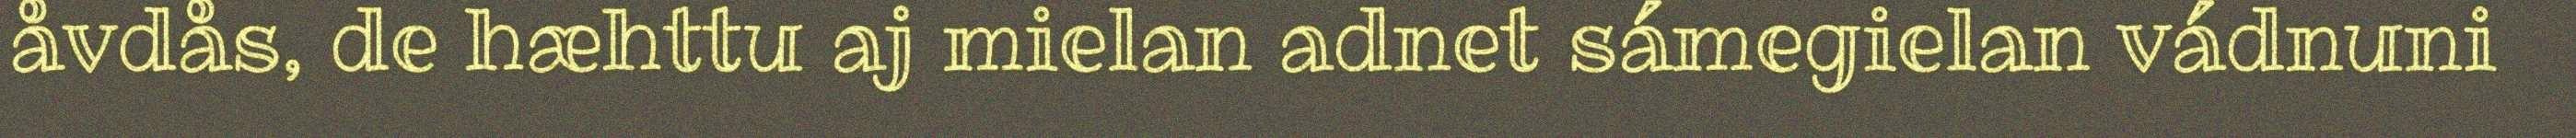
åvdås, de hæhttu aj mielan adnet sámegielan vádnuni